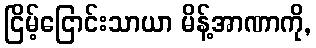
ငြိမ့်ငြောင်းသာယာ မိန့်အာဏာကို,